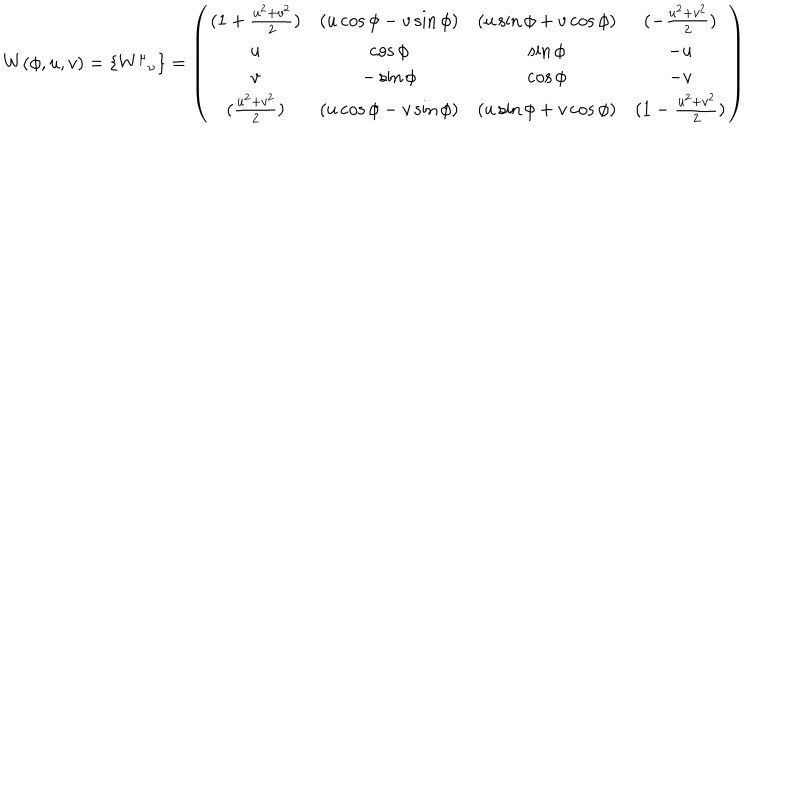
W ( \phi , u , v ) = \{ { W ^ { \mu } } _ { \nu } \} = \left( \begin{array} { c c c c } { { ( 1 + \frac { u ^ { 2 } + v ^ { 2 } } { 2 } ) } } & { { ( u \cos \phi - v \sin \phi ) } } & { { ( u \sin \phi + v \cos \phi ) } } & { { ( - \frac { u ^ { 2 } + v ^ { 2 } } { 2 } ) } } \\ { { u } } & { { \cos \phi } } & { { \sin \phi } } & { { - u } } \\ { { v } } & { { - \sin \phi } } & { { \cos \phi } } & { { - v } } \\ { { ( \frac { u ^ { 2 } + v ^ { 2 } } { 2 } ) } } & { { ( u \cos \phi - v \sin \phi ) } } & { { ( u \sin \phi + v \cos \phi ) } } & { { ( 1 - \frac { u ^ { 2 } + v ^ { 2 } } { 2 } ) } } \\ \end{array} \right)